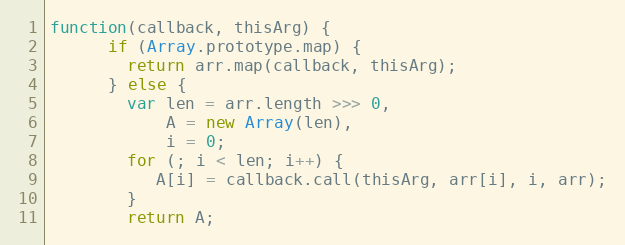
Language: JavaScript
function(callback, thisArg) {
      if (Array.prototype.map) {
        return arr.map(callback, thisArg);
      } else {
        var len = arr.length >>> 0,
            A = new Array(len),
            i = 0;
        for (; i < len; i++) {
           A[i] = callback.call(thisArg, arr[i], i, arr);
        }
        return A;